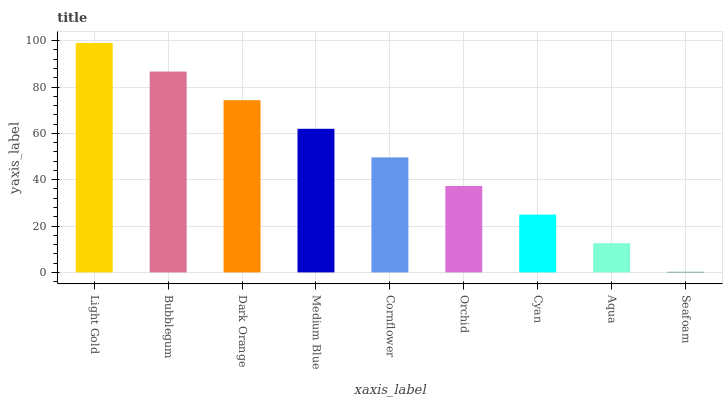
| xaxis_label | bars |
 | --- | --- |
 | Light Gold | 99 |
 | Bubblegum | 86.7 |
 | Dark Orange | 74.3 |
 | Medium Blue | 62 |
 | Cornflower | 49.6 |
 | Orchid | 37.3 |
 | Cyan | 24.9 |
 | Aqua | 12.6 |
 | Seafoam | 0.249 |